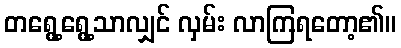
တရွေ့ရွေ့သာလျှင် လှမ်း လာကြရတော့၏။